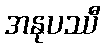
အနုပဿီ